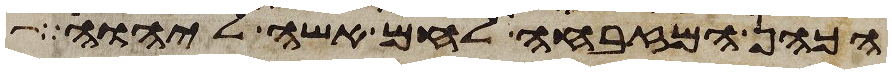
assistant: הכהן המזבחה לחם אשה ליהוה